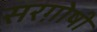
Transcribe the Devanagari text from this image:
सरग़ोषी